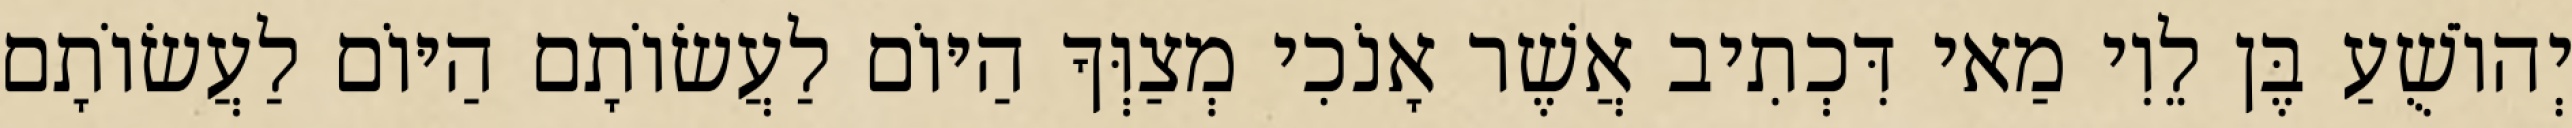
יְהוֹשֻׁעַ בֶּן לֵוִי מַאי דִּכְתִיב אֲשֶׁר אָנֹכִי מְצַוְּךָ הַיּוֹם לַעֲשׂוֹתָם הַיּוֹם לַעֲשׂוֹתָם